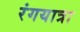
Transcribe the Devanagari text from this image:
रंगयात्रा